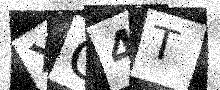
Text: XO4T